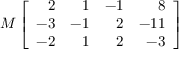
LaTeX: M \left[ { \begin{array} { r r r r } { 2 } & { 1 } & { - 1 } & { 8 } \\ { - 3 } & { - 1 } & { 2 } & { - 1 1 } \\ { - 2 } & { 1 } & { 2 } & { - 3 } \end{array} } \right]